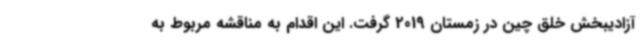
آزادیبخش خلق چین در زمستان 2019 گرفت. این اقدام به مناقشه مربوط به